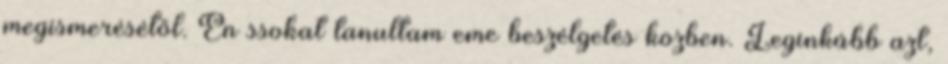
megismerésétől. Én ssokat tanultam eme beszélgetés közben. Leginkább azt,